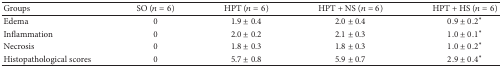
| Groups | SO (n = 6) | HPT (n = 6) | HPT + NS (n = 6) | HPT + HS (n = 6) |
 | --- | --- | --- | --- | --- |
 | Edema | 0 | 1.9 ± 0.4 | 2.0 ± 0.4 | 0.9 ± 0.2* |
 | Inflammation | 0 | 2.0 ± 0.2 | 2.1 ± 0.3 | 1.0 ± 0.1* |
 | Necrosis | 0 | 1.8 ± 0.3 | 1.8 ± 0.3 | 1.0 ± 0.2* |
 | Histopathological scores | 0 | 5.7 ± 0.8 | 5.9 ± 0.7 | 2.9 ± 0.4* |